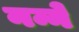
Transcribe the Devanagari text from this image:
नन्ने